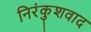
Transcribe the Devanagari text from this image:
निरंकुशवाद